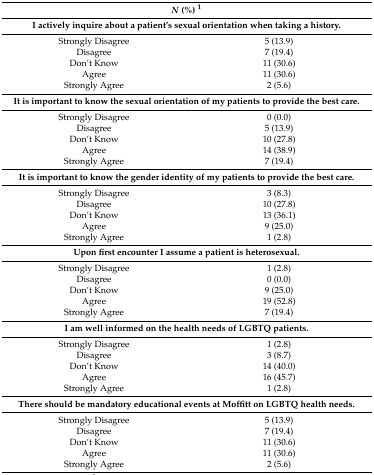
| <COLSPAN=2> N (%) 1 |
 | --- | --- |
 | <COLSPAN=2> I actively inquire about a patient’s sexual orientation when taking a history. |
 | Strongly Disagree | 5 (13.9) |
 | Disagree | 7 (19.4) |
 | Don’t Know | 11 (30.6) |
 | Agree | 11 (30.6) |
 | Strongly Agree | 2 (5.6) |
 | <COLSPAN=2> It is important to know the sexual orientation of my patients to provide the best care. |
 | Strongly Disagree | 0 (0.0) |
 | Disagree | 5 (13.9) |
 | Don’t Know | 10 (27.8) |
 | Agree | 14 (38.9) |
 | Strongly Agree | 7 (19.4) |
 | <COLSPAN=2> It is important to know the gender identity of my patients to provide the best care. |
 | Strongly Disagree | 3 (8.3) |
 | Disagree | 10 (27.8) |
 | Don’t Know | 13 (36.1) |
 | Agree | 9 (25.0) |
 | Strongly Agree | 1 (2.8) |
 | <COLSPAN=2> Upon first encounter I assume a patient is heterosexual. |
 | Strongly Disagree | 1 (2.8) |
 | Disagree | 0 (0.0) |
 | Don’t Know | 9 (25.0) |
 | Agree | 19 (52.8) |
 | Strongly Agree | 7 (19.4) |
 | <COLSPAN=2> I am well informed on the health needs of LGBTQ patients. |
 | Strongly Disagree | 1 (2.8) |
 | Disagree | 3 (8.7) |
 | Don’t Know | 14 (40.0) |
 | Agree | 16 (45.7) |
 | Strongly Agree | 1 (2.8) |
 | <COLSPAN=2> There should be mandatory educational events at Moffitt on LGBTQ health needs. |
 | Strongly Disagree | 5 (13.9) |
 | Disagree | 7 (19.4) |
 | Don’t Know | 11 (30.6) |
 | Agree | 11 (30.6) |
 | Strongly Agree | 2 (5.6) |